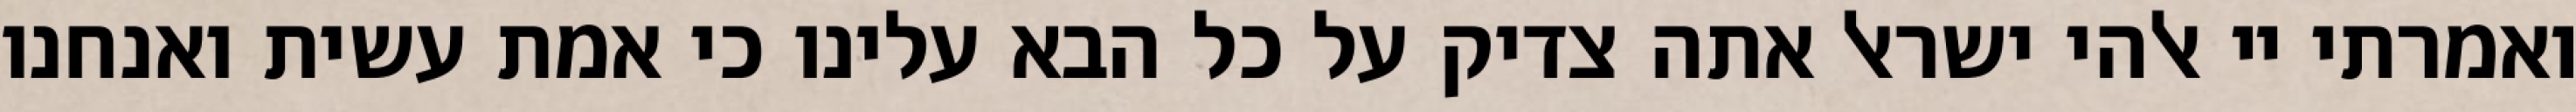
ואמרתי יי אלהי ישראל אתה צדיק על כל הבא עלינו כי אמת עשית ואנחנו